Vaccine operations Central Provinces 1868-1885 - 1868-1885
Year: 1868
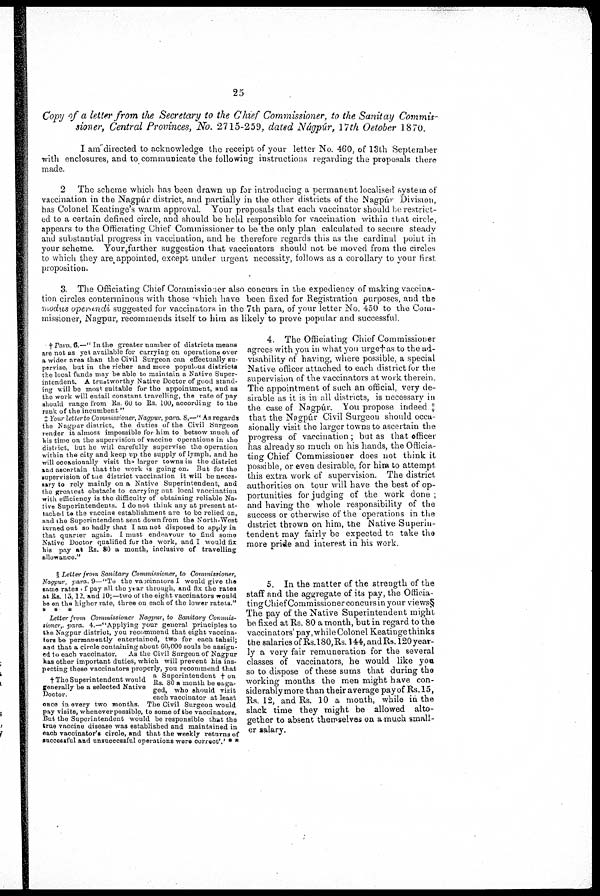
25
Copy of a letter from the Secretary to the Chief Commissioner, to the Sanitay Commis-
sioner, Central Provinces, No. 2715-259, dated Nágpúr, 17th October 1870.
I am directed to acknowledge the receipt of your letter No. 460, of 13th September
with enclosures, and to communicate the following instructions regarding the proposals there
made.
2 The scheme which has been drawn up for introducing a permanent localised system of
vaccination in the Nagpúr district, and partially in the other districts of the Nagpúr Division,
has Colonel Keatinge's warm approval. Your proposals that each vaccinator should be restrict-
ed to a certain defined circle, and should be held responsible for vaccination within that circle,
appears to the Officiating Chief Commissioner to be the only plan calculated to secure steady
and substantial progress in vaccination, and he therefore regards this as the cardinal point in
your scheme. Your further suggestion that vaccinators should not be moved from the circles
to which they are appointed, except under urgent necessity, follows as a corollary to your first
proposition.
3. The Officiating Chief Commissioner also concurs in the expediency of making vaccina-
tion circles conterminous with those which have been fixed for Registration purposes, and the
modus operandi suggested for vaccinators in the 7th para, of your letter No. 450 to the Com-
missioner, Nagpur, recommends itselt to him as likely to prove popular and successful.
† Para 6.—"In the greater number of districts means
are not as yet available for carrying on operations over
a wider area than the Civil Surgeon can effectually su-
pervise, but in the richer and more populous districts
the local funds may be able to maintain a Native Super-
intendent. A trustworthy Native Doctor of good stand-
ing will be most suitable for the appointment, and as
the work will entail constant travelling, the rate of pay
should range from Rs 60 to Rs. 100, according to the
rank of the incumbent "
X Your letter to Commissioner, Nagpur, para 8,—" As regards
the Nagpur district, the duties of the Civil Surgeon
render it almost impossible for him to betsow much of
his time on the supervision of vaccine operations in the
district, but he will carefully supervise the operation
within the city and keep up the supply of lymph, and he
will occasionally visit the larger towns in the district
and ascertain that the work is going on. But for the
supervision of the district vaccination it will be neces-
sary to rely mainly on a Native Superintendent, and
the greatest obstacle to carrying out local vaccination
with efficiency is the difficulty of obtaining reliable Na-
tive Superintendents. I do not think any at present at-
tached to the vaccine establishment are to be relied on,
and the Superintendent sent down from the North-West
turned out so badly that I am not disposed to apply in
that quarter again. I must endeavour to find some
Native Doctor qualified for the work, and I would fix
his pay at Rs. 80 a month, inclusive of travelling
allowance."
§ Letter from Sanitary Commissioner, to Commissioner,
Nagpur, para 9—"To the vaccinators I would give the
same rates of pay all the year through, and fix the rates
at Rs. 15,12, and 10,—two of the eight vaccinators would
bo on the higher rate, three on each of the lower ratels."
* * *
† The Superintendent would
generally be a selected Native
Doctor.
Letter from Commissioner Nagpur, to Sanitary Commis-
sioner, para 4.—"Applying your general principles to
the Nagpur district, you recommend that eight vaccina-
tors be permanently entertained, two for each tahsil;
and that a circle containing about 60,000 souls be assign-
ed to each vaccinator.
As the Civil Surgeon of Nagpur
has other important duties, which will prevent his ins¬
pecting these vaccinators properly, you recommend that
a Superintendent † on
Rs. 80 a month be enga-
ged, who should visit
each vaccinator at least
once in every two months. The Civil Surgeon would
pay visits, whenever possible, to some of the vaccinators.
But the Superintendent would be responsible that the
true vaccine disease was established and maintained in
each vaccinator's circle, and that the weekly returns of
successful and unsuccessful operations were correct'.' * *
4. The Officiating Chief Commissioner
agrees with you in what you urge†as to the ad-
visability of having, where possible, a special
Native officer attached to each district for the
supervision of the vaccinators at work therein.
The appointment of such an official, very de-
sirable as it is in all districts, is necessary in
the case of Nagpúr. You propose indeed ‡
that the Nagpúr Civil Surgeon should occa-
sionally visit the larger towns to ascertain the
progress of vaccination , but as that officer
has already so much on his hands, the Officia-
ting Chief Commissioner does not think it
possible, or even desirable, for him to attempt
this extra work of supervision. The district
authorities on tour will have the best of op-
portunities for judging of the work done,
and having the whole responsibility of the
success or otherwise of the operations in the
district thrown on him, the Native Superin-
tendent may fairly be expected to take the
more pride and interest in his work
5. In the matter of the strength of the
staff and the aggregate of its pay, the Officia¬
ting Chief Commissioner concuis in your views§
The pay of the Native Superintendent might
be fixed at Rs. 80 a month, but in regard to the
vaccinators' pay,while Colonel Keatinge thinks
the salaries of Rs.180,Rs. 144, and Rs. 120year-
ly a very fair remuneration for the several
classes of vaccinators, he would like you
so to dispose of these sums that during the
working months the men might have con-
siderably more than their average pay of Rs. 15,
Rs. 12, and Rs. 10 a month, while in the
slack time they might be allowed alto-
gether to absent themselves on a much small-
er salary.